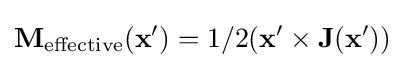
\mathbf {M} _{\text{effective}}(\mathbf {x'} )=1/2(\mathbf {x'} \times \mathbf {J} (\mathbf {x'} ))